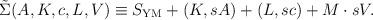
LaTeX: \begin{align*}\tilde{\Sigma}(A, K, c, L, V) \equiv S_{\rm YM} + (K, sA) + (L, sc) + M \cdot sV.\end{align*}